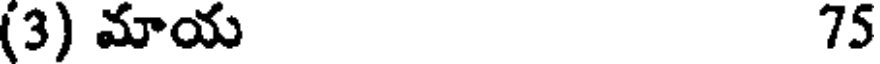
(3) మాయ 75